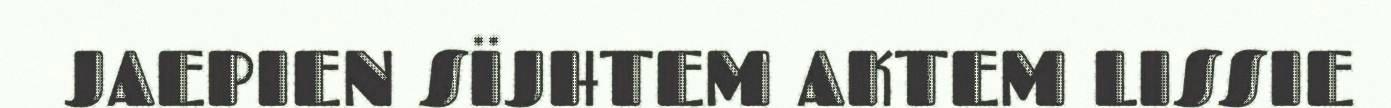
JAEPIEN SÏJHTEM AKTEM LISSIE